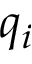
q _ { i }